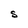
Character: S